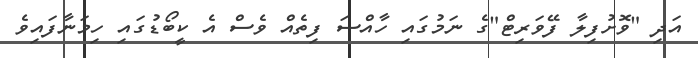
އަދި "ވޮށުފިލާ ފޭވަރިޓް"ގެ ނަމުގައި ހާއްސަ ފިތެއް ވެސް އެ ކީބޯޑުގައި ހިމަނާފައިވެ